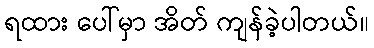
ရထား ပေါ်မှာ အိတ် ကျန်ခဲ့ပါတယ်။